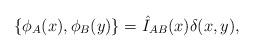
LaTeX: \begin{align*}\{\phi_A(x),\phi_B(y)\}=\hat I_{AB}(x)\delta(x,y),\end{align*}